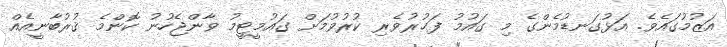
އަޒުމުގައެވެ. އަޅުގަނޑުމެންގެ މި ގައުމު ފަޙުރުވެރި ކުރުވުމަށް ގައުމީޓީމު ވާންޖެހުނު ކޮންމެ ޤުރުބާނީއެއް